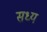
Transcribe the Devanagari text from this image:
सध्य